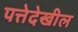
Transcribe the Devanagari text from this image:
पत्तेदेखील